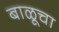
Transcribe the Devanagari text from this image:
बाळूचा